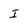
Character: I